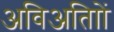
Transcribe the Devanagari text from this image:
अविअतािों